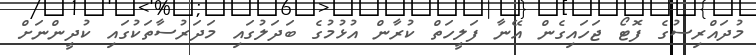
މުދައްރިސުގެ ފޮޓޯ ޖަހައިގެން އޭނާ ފަލީހަތް ކުރާން އުޅުމުގެ ބަދަލުގައި މަދަރުސާތަކުގައި ކުދީންނަށް